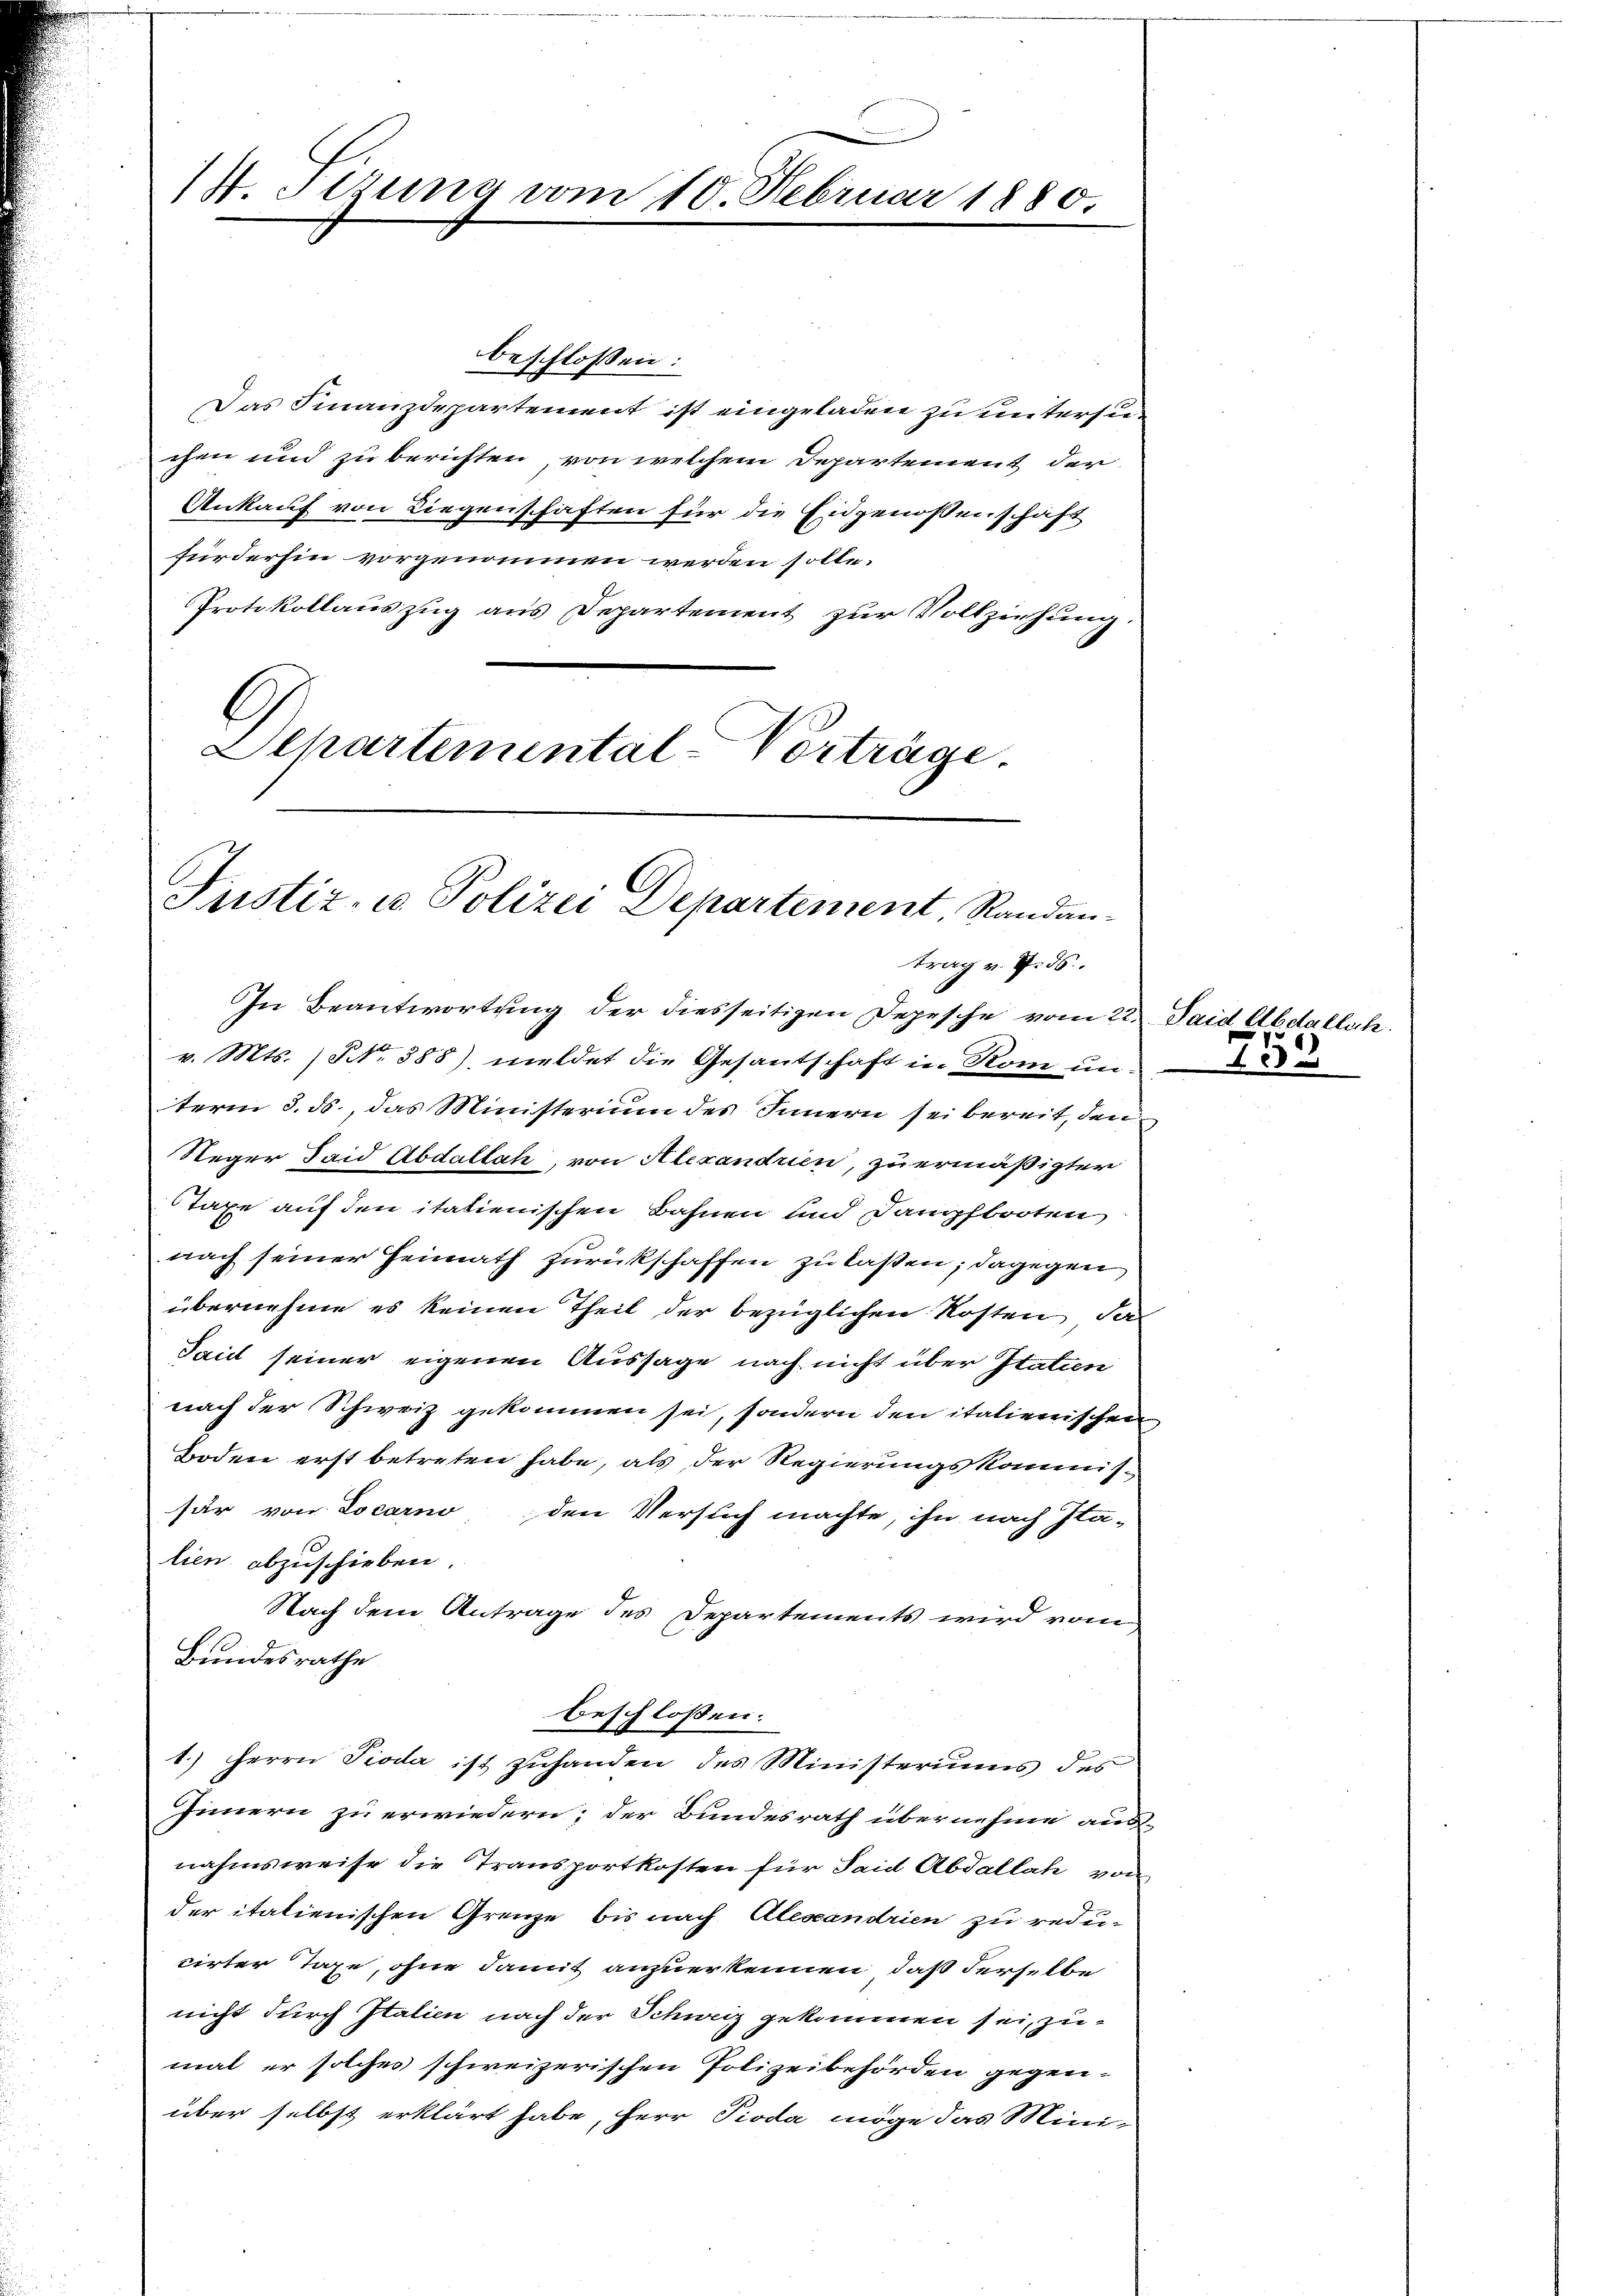
/. Tizung vom 10. Februar 1880

beschlossen:
Das Finanzdepartement ist eingeladen zu unterstechen und zu berichten, von welchem Departement der
Ankauf von Liegenschaften für die Eidgenossenschaft
fürderhin vorgenommen werden solle.
Protokollauszug aus Departement zur Vollziehung.
Departemental-Vorträge.

Justiz- u. Polizei Departement, Randantrag v. 7. ds.

In Beantwortung der diesseitigen Depesche vom 22. Taid Abdatlich.
v. Mts. No. 388), meldet die Gesantschaft in Rom und de
term 8. ds., das Ministerium des Innern sei bereit, den
Reger Said Abdallah, von Alexandrien, zu ermäßigter
Taxe auf den itatienischen Bahnen und Dampfbooten
nach seiner Heimath zurückschaffen zu laßen; dagegen
übernehme es keinen Theil der bezüglichen Kosten, das
Sail seiner eigenen Aussage nach nicht über Itatien
nach der Schweiz gekommen sei, sondern den italienischen
Boden erst betreten habe, als der Regierungskommissär von Locarno den Versuch machte, ihn nach Ita-
lien abzuschieben.
Nach dem Antrage des Departements wird vom
Bundesrathe
beschloßen:
1.) Herrn Pioda ist zuhanden des Ministeriums des
Innern zu erwiedern; der Bundesrath übernehme aus-
nahmsweise die Transportkosten für Said Abdallah von
der italienischen Grenze bis nach Alesandrien zu reducirter Tage, ohne damit anzuerkennen, daß derselbe
nicht durch Italien nach der Schweiz gekommen sei, zumal er solches schweizerischen Polizeibehörden gegenüber selbst erklärt habe, Herr Pioda möge das Mini¬